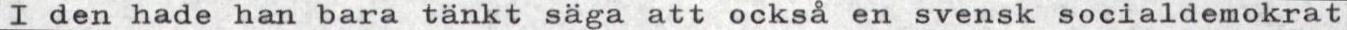
I den hade han bara tänkt säga att också en svensk socialdemokrat